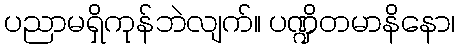
ပညာမရှိကုန်ဘဲလျက်။ ပဏ္ဍိတမာနိနော၊